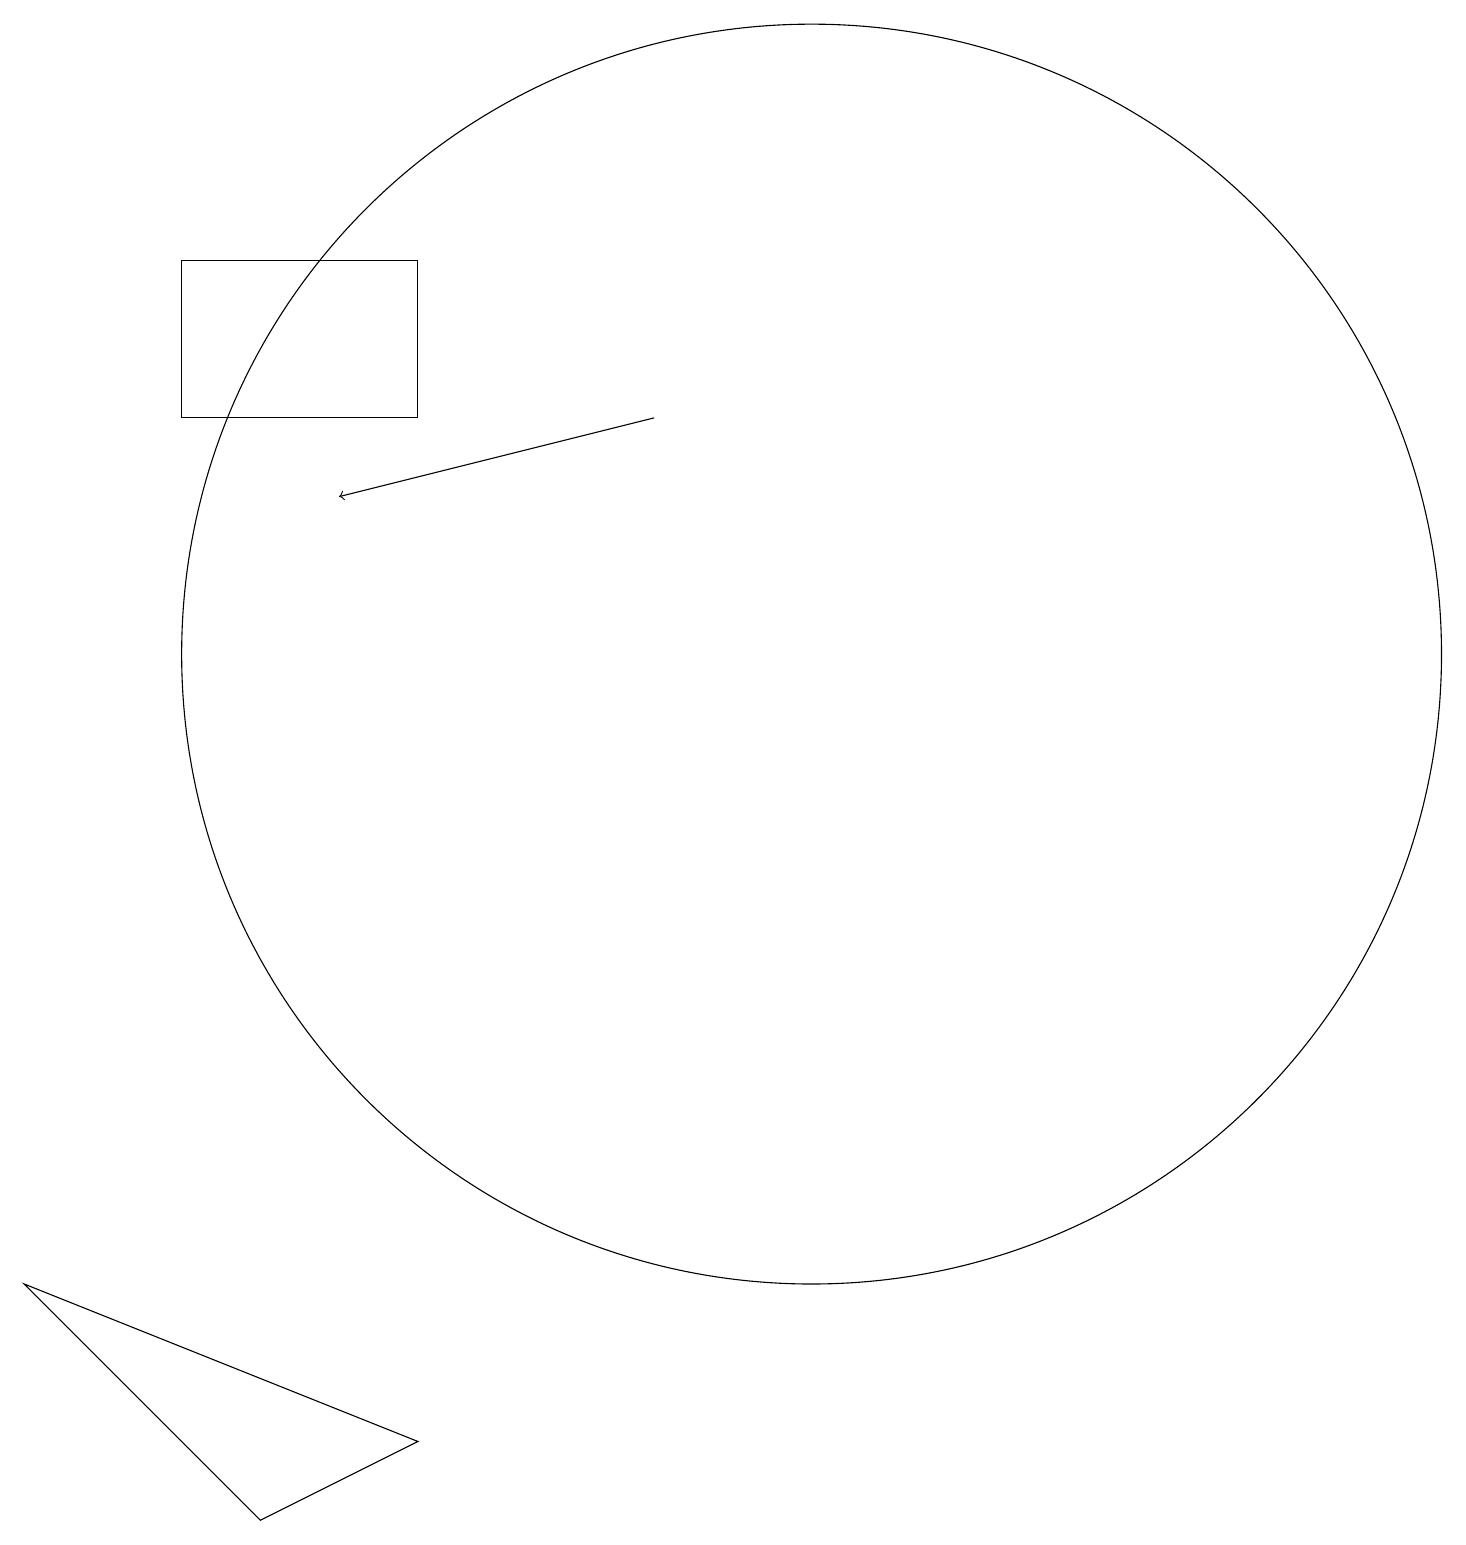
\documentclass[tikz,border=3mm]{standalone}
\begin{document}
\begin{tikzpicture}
\draw[->] (8,15) -- (4,14);
\draw (10,12) circle (8);
\draw (3,1) -- (0,4) -- (5,2) -- cycle;
\draw (12,12) circle (0);
\draw (5,17) rectangle (2,15);
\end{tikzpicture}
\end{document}